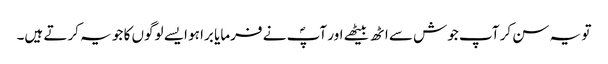
تو یہ سن کر آپ جوش سے اٹھ بیٹھے اور آپؐ نے فرمایا برا ہو ایسے لوگوں کا جو یہ کرتے ہیں۔